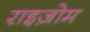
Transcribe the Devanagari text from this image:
राइज़ोम